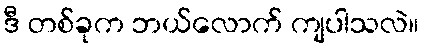
ဒီ တစ်ခုက ဘယ်လောက် ကျပါသလဲ။